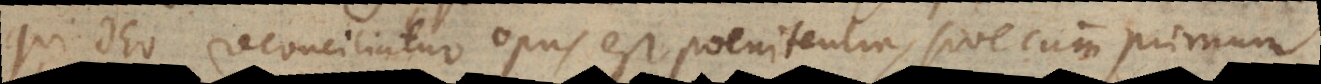
qui Deo reconciliatur opus est poenitentia, sive cum primum